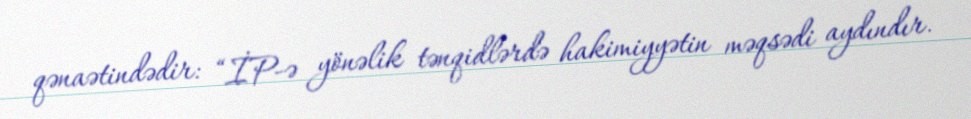
qənaətindədir: “İP-ə yönəlik tənqidlərdə hakimiyyətin məqsədi aydındır.